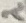
Text: 2